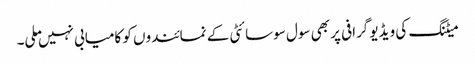
میٹنگ کی ویڈیو گرافی پر بھی سول سوسائٹی کے نمائندوں کو کامیابی نہیں ملی۔